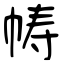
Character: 帱